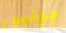
جونيور